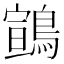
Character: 䳦